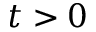
t > 0